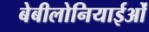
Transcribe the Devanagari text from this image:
बेबीलोनियाईओं